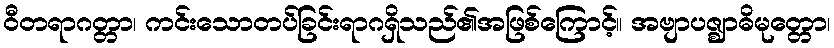
ဝီတရာဂတ္တာ၊ ကင်းသောတပ်ခြင်းရာဂရှိသည်၏အဖြစ်ကြောင့်။ အဗျာပဇ္ဈာဓိမုတ္တော၊